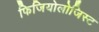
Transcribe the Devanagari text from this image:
फिजियोलोजिस्ट